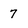
Character: 7